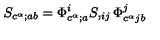
S _ { c ^ { \alpha } ; a b } = \Phi _ { c ^ { \alpha } ; a } ^ { i } S , _ { i j } \Phi _ { c ^ { \alpha } j b } ^ { j }